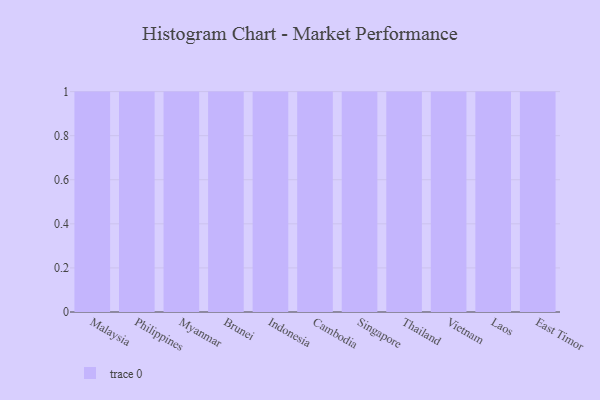
{"axis": {"x": "Country", "y": "Budget (USD K)"}, "legend": [""], "data": [{"x": "Malaysia", "y": 29, "type": ""}, {"x": "Philippines", "y": 47, "type": ""}, {"x": "Myanmar", "y": 66, "type": ""}, {"x": "Brunei", "y": 20, "type": ""}, {"x": "Indonesia", "y": 61, "type": ""}, {"x": "Cambodia", "y": 60, "type": ""}, {"x": "Singapore", "y": 100, "type": ""}, {"x": "Thailand", "y": 72, "type": ""}, {"x": "Vietnam", "y": 20, "type": ""}, {"x": "Laos", "y": 16, "type": ""}, {"x": "East Timor", "y": 38, "type": ""}]}